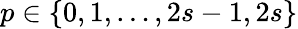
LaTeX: p\in\{ 0,1,\ldots,2s-1,2s\}